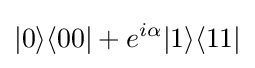
|0\rangle \langle 00|+e^{i\alpha }|1\rangle \langle 11|